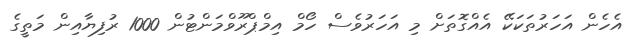
އެހެން އަހަރުތަކަކޭ އެއްގޮތަށް މި އަހަރުވެސް ހޯމް އިމްޕްރޫވްމަންޓުން 1000 ރުފިޔާއިން މަތީގެ